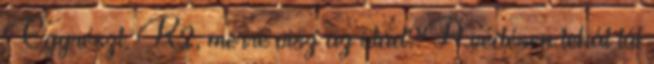
Egyrészt. K2, merre visz az utad?A védésen tehát túl